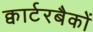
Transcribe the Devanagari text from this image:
क्वार्टरबैकों